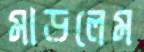
মাড়লেম